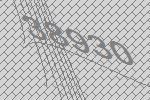
38930